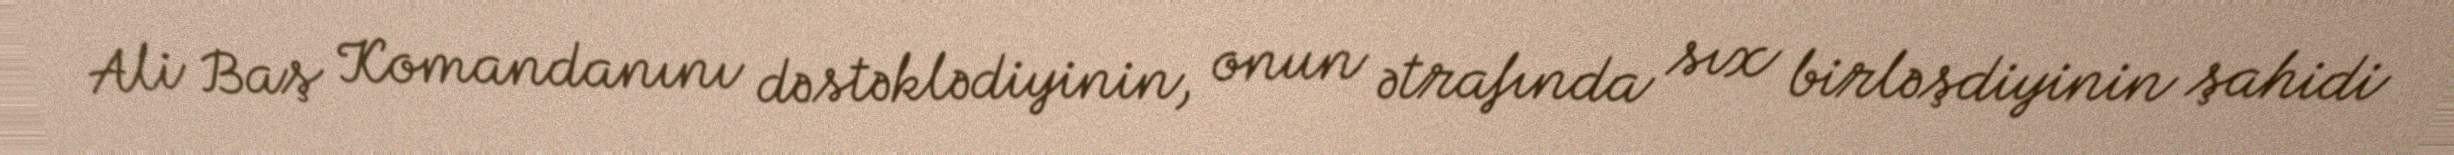
Ali Baş Komandanını dəstəklədiyinin, onun ətrafında sıx birləşdiyinin şahidi